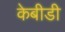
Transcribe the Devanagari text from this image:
केबीडी